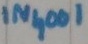
Text: IN4001